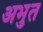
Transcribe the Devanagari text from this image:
अभुत